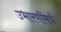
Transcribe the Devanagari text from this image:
उभारणींमधे